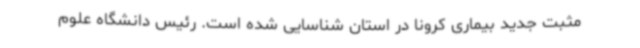
مثبت جدید بیماری کرونا در استان شناسایی شده است. رئیس دانشگاه علوم